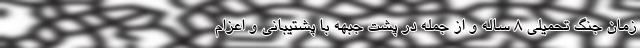
زمان جنگ تحمیلی ۸ ساله و از جمله در پشت جبهه با پشتیبانی و اعزام